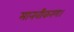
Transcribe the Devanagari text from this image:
मानवीकरण।